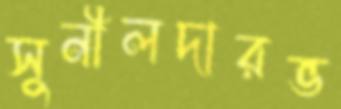
সুনীলদারভ